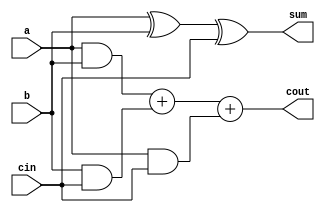
module full_adder(a,b,cin,sum,cout);
  input a,b,cin;
  output sum, cout;
  
  assign sum = (a^b)^cin;
  assign cout = (a&b) + (b&cin) + (a&cin);
endmodule


module four_bit_add_sub(k,a,b,sum,cout);
  input k;
  input [3:0] a;
  input [3:0] b;
  output [3:0] sum;
  output cout;
  
  wire [3:0] gate_enter;
  wire c0,c1,c2,c3;
  
  xor x1(gate_enter[0], k,b[0]);
  xor x2(gate_enter[1], k,b[1]);
  xor x3(gate_enter[2], k,b[2]);
  xor x4(gate_enter[3], k,b[3]);
  
  full_adder f0 (a[0],gate_enter[0],k,sum[0],c0);
  full_adder f1 (a[1],gate_enter[1],c0,sum[1],c1);
  full_adder f2 (a[2],gate_enter[2],c1,sum[2],c2);
  full_adder f3 (a[3],gate_enter[3],c2,sum[3],c3);
  
  assign cout = c3;  
endmodule

module test_add_sub;
  reg k;
  reg [3:0] a,b;
  wire [3:0] sum;
  wire cout;
  
  four_bit_add_sub uut (k,a,b,sum,cout);
  
  initial begin
    k=1'b0;
    a=4'b1101;
    b=4'b1000;
    #100;
    $stop;
  end
endmodule